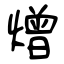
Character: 熷